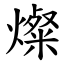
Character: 燦